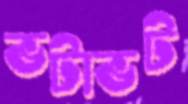
ভটাভট